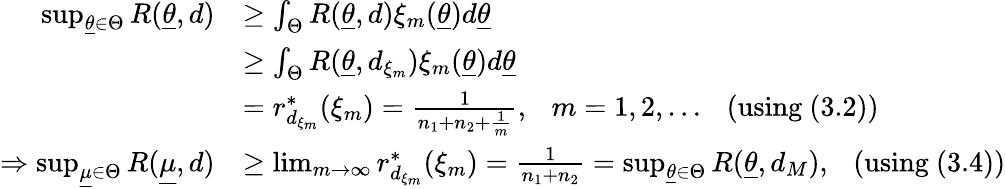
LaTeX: \begin{array}{rl}{\operatorname*{sup}_{\underline{{\theta}}\in\Theta}R(\underline{{\theta}},d)}&{\geq\int_{\Theta}R(\underline{{\theta}},d)\xi_{m}(\underline{{\theta}})d\underline{{\theta}}}\\ &{\geq\int_{\Theta}R(\underline{{\theta}},d_{\xi_{m}})\xi_{m}(\underline{{\theta}})d\underline{{\theta}}}\\ &{=r_{d_{\xi_{m}}}^{*}(\xi_{m})=\frac{1}{n_{1}+n_{2}+\frac{1}{m}},~~~m=1,2,\ldots~~~(\mathrm{using}~(3.2))}\\ {\Rightarrow\operatorname*{sup}_{\underline{{\mu}}\in\Theta}R(\underline{{\mu}},d)}&{\geq\operatorname*{lim}_{m\to\infty}r_{d_{\xi_{m}}}^{*}(\xi_{m})=\frac{1}{n_{1}+n_{2}}=\operatorname*{sup}_{\underline{{\theta}}\in\Theta}R(\underline{{\theta}},d_{M}),~~~(\mathrm{using}~(3.4))}\end{array}